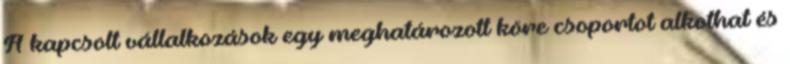
A kapcsolt vállalkozások egy meghatározott köre csoportot alkothat és